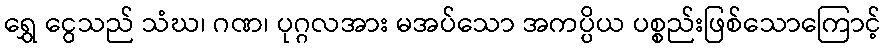
ရွှေ ငွေသည် သံဃ၊ ဂဏ၊ ပုဂ္ဂလအား မအပ်သော အကပ္ပိယ ပစ္စည်းဖြစ်သောကြောင့်